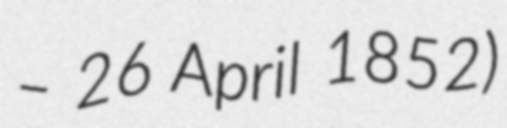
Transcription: – 26 April 1852)